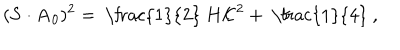
( { \bf S } \cdot { \bf A } _ { 0 } ) ^ { 2 } = \mathrm { ~ \frac { 1 } { 2 } ~ } H { \cal K } ^ { 2 } + \mathrm { ~ \frac { 1 } { 4 } ~ } ,